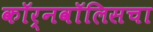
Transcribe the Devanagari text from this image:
कॉर्नवॉलिसचा